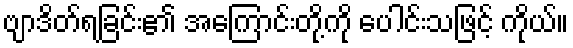
ဗျာဒိတ်ရခြင်း၏ အကြောင်းတို့ကို ပေါင်းသဖြင့် ကိုယ်။